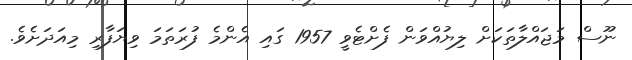
ނޫސް މަޖައްލާތަކަށް ލިޔުއްވަން ފެށްޓެވީ 1957 ގައި އެންމެ ފުރަތަމަ ވިޔަފާރި މިއަދަށެވެ.